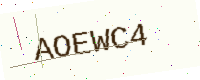
Text: AOEWC4